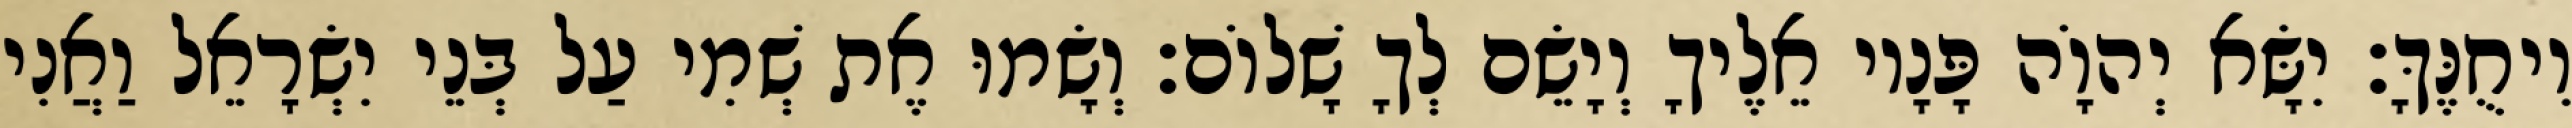
וִיחֻנֶּךָּ׃ יִשָּׂא יְהוָֹה פָּנָיו אֵלֶיךָ וְיָשֵׂם לְךָ שָׁלוֹם׃ וְשָׂמוּ אֶת שְׁמִי עַל בְּנֵי יִשְׂרָאֵל וַאֲנִי